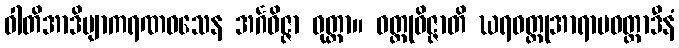
ဝါတိအာဒိဗျာကရဏဝသေန အင်္ဂဝိဇ္ဇာ ဝုတ္တာ။ ဝတ္ထုဝိဇ္ဇာတိ ဃရဝတ္ထုအာရာမဝတ္ထာဒီနံ